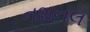
નશનલ